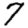
Digit: 7